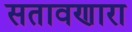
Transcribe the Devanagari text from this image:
सतावणारा